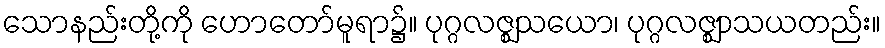
သောနည်းတို့ကို ဟောတော်မူရာ၌။ ပုဂ္ဂလဇ္ဈသယော၊ ပုဂ္ဂလဇ္ဈာသယတည်း။